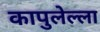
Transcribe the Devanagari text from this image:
कापुलेल्ला